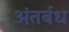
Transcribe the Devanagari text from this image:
अंतर्बध